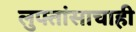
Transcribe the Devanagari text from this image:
लुफ्तांसाचाही